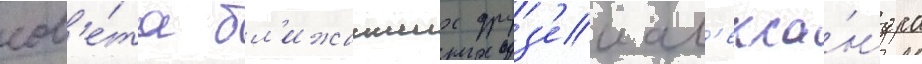
сов'е́та бл'ижаиших друз'еи ал'екса́ндра